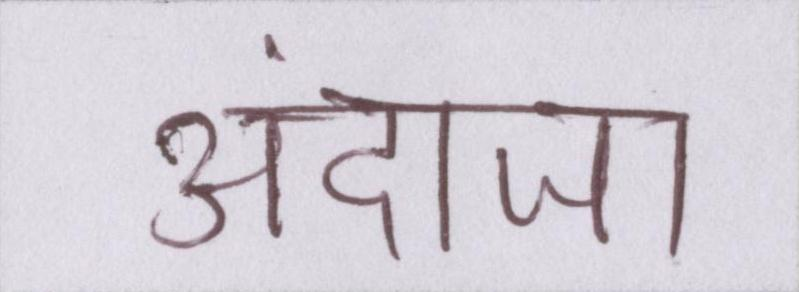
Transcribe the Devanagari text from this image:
अंदाजा